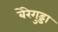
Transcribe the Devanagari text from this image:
बेरेगुड्डा